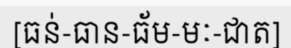
[ធន់-ធាន-ធ័ម-មៈ-ជាត]